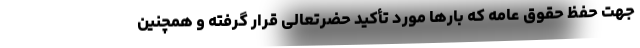
جهت حفظ حقوق عامه که بارها مورد تأکید حضرتعالی قرار گرفته و همچنین